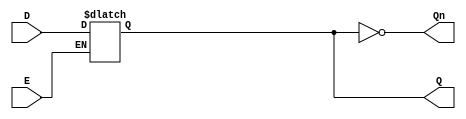
module async_gated_latch (
    input wire D,      // Data Input
    input wire E,      // Enable
    output reg Q,      // Output
    output wire Qn     // Complement Output
);

// Assign the complement output
assign Qn = ~Q;

// Always block to handle the asynchronous behavior of the latch
always @* begin
    if (E) begin
        Q = D;  // When enable is high, latch follows the data input
    end
    // When enable is low, Q retains its last state (hold state)
end

endmodule